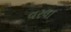
વરલા